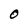
Character: O